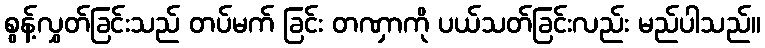
စွန့်လွှတ်ခြင်းသည် တပ်မက် ခြင်း တဏှာကို ပယ်သတ်ခြင်းလည်း မည်ပါသည်။